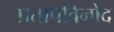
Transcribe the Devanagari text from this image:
प्रतापविनोद